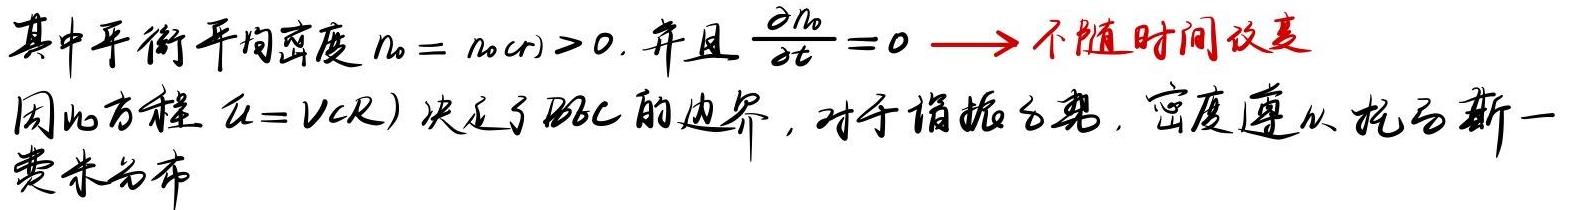
其中平衡平均密度 $n_0 = n_0(r) > 0$. 并且 $\frac{\partial n_0}{\partial t} = 0 \longrightarrow$ 不随时间改变. 因此方程 $\mu = V(R)$ 决定了 BEC 的边界, 对于谐振子势, 密度遵从托马斯一费米分布